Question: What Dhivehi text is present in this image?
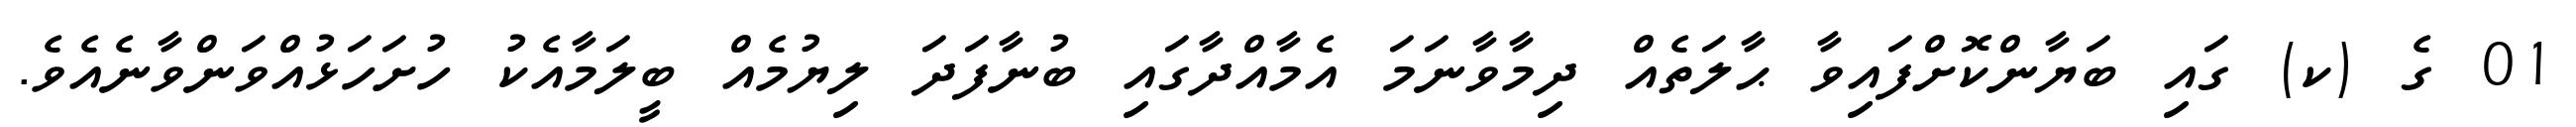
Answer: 01 ގެ (ކ) ގައި ބަޔާންކޮށްފައިވާ ޙާލަތެއް ދިމާވާނަމަ އެމާއްދާގައި ބުނާފަދަ ލިޔުމެއް ބީލަމާއެކު ހުށަހަޅުއްވަންވާނެއެވެ.